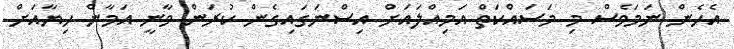
އެހެން ނަމަވެސް މި މަސައްކަތް އަމިއްލައަށް އިސްނަގައިގެން ކުރަން ވާނީ އަމާން ހިޔާއަށް